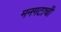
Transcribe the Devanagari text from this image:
मनगटाची